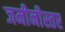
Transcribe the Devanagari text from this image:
जमीनीस्तर